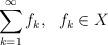
LaTeX: \begin{align*}\sum_{k=1}^\infty f_k,\ \ f_k \in X\end{align*}